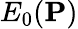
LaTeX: E_{0}(\textbf{P})